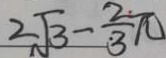
2 \sqrt { 3 } - \frac { 2 } { 3 } \pi